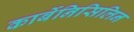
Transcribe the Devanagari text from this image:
कार्बेनिसिलिन